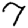
Digit: 7